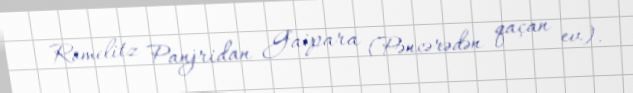
Romelitz Panjridan Gaipara (Pəncərədən qaçan ev).